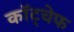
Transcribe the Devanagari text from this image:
कॉट्चेफ